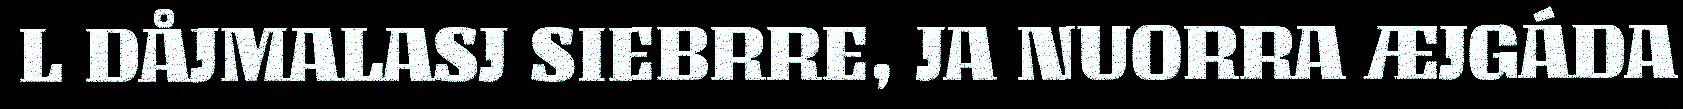
L DÅJMALASJ SIEBRRE, JA NUORRA ÆJGÁDA